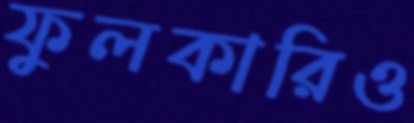
ফুলকারিও